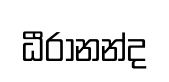
ධීරානන්ද